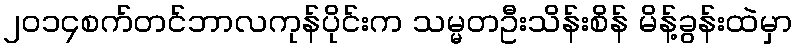
၂၀၁၄စက်တင်ဘာလကုန်ပိုင်းက သမ္မတဦးသိန်းစိန် မိန့်ခွန်းထဲမှာ